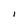
Character: I